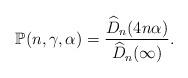
LaTeX: \begin{align*}\mathbb{P}(n,\gamma,\alpha)=\frac{\widehat{D}_{n}(4n\alpha)}{\widehat{D}_{n}(\infty)}.\end{align*}